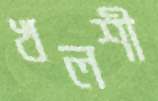
খলশী